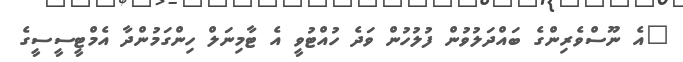
"އެ ނޫސްވެރިންގެ ބައްދަލުވުން ފުލުހުން ވަދެ ހުއްޓުވީ އެ ޓާމިނަލް ހިންގަމުންދާ އެމްޓީސީސީގެ